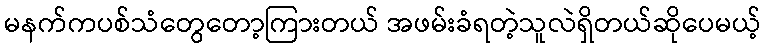
မနက်ကပစ်သံတွေတော့ကြားတယ် အဖမ်းခံရတဲ့သူလဲရှိတယ်ဆိုပေမယ့်